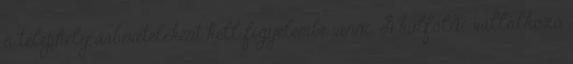
a telephely árbevételeként kell figyelembe venni. A külföldi vállalkozó